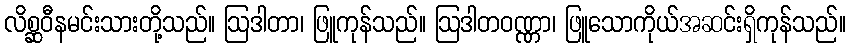
လိစ္ဆဝီနမင်းသားတို့သည်။ ဩဒါတာ၊ ဖြူကုန်သည်။ ဩဒါတဝဏ္ဏာ၊ ဖြူသောကိုယ်အဆင်းရှိကုန်သည်။